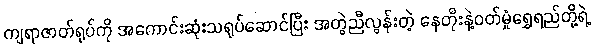
ကျရာဇာတ်ရုပ်ကို အကောင်းဆုံးသရုပ်ဆောင်ပြီး အတွဲညီလွန်းတဲ့ နေတိုးနဲ့ဝတ်မှုံရွှေရည်တို့ရဲ့